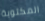
المكتوبة